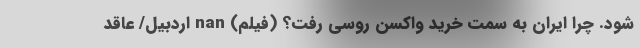
شود. چرا ایران به سمت خرید واکسن روسی رفت؟ (فیلم) nan اردبیل/ عاقد